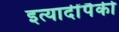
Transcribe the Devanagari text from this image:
इत्यादींपैकी